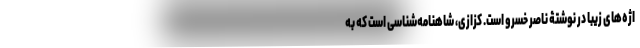
اژه‌های زیبا در نوشتۀ ناصر خسرو است. کزازی، شاهنامه‌شناسی است که به